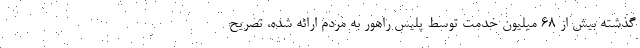
گذشته بیش از ۶۸ میلیون خدمت توسط پلیس راهور به مردم ارائه شده، تصریح